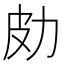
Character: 𠡄